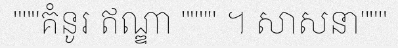
"""គំនូរ ឥណ្ឌា """" ។ សាសនា"""